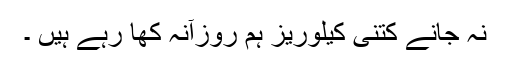
نہ جانے کتنی کیلوریز ہم روزآنہ کھا رہے ہیں ۔